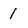
Character: 1